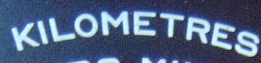
KILOMETERS